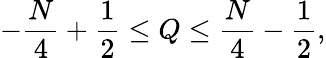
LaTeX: -\frac{N}{4}+\frac{1}{2}\leq Q\leq\frac{N}{4}-\frac{1}{2},